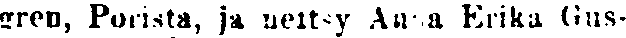
gren, Porista, ja neitsy Anna Erika Gus-